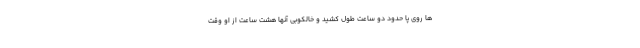
ها روی پا حدود دو ساعت طول کشید و خالکوبی آنها هشت ساعت از او وقت